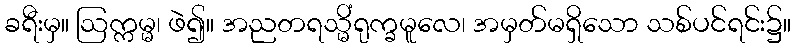
ခရီးမှ။ ဩက္ကမ္မ၊ ဖဲ၍။ အညတရသ္မိံရုက္ခမူလေ၊ အမှတ်မရှိသော သစ်ပင်ရင်း၌။